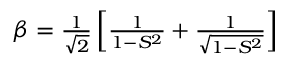
\begin{array} { r } { \beta = \frac { 1 } { \sqrt { 2 } } \left[ \frac { 1 } { 1 - S ^ { 2 } } + \frac { 1 } { \sqrt { 1 - S ^ { 2 } } } \right] } \end{array}